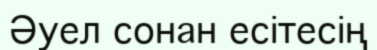
Әуел сонан есітесің